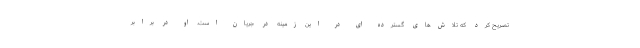
تصریح کرد که تلاش‌های گسترده ای در این زمینه در جریان است. او در برابر